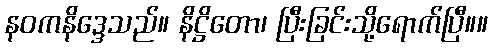
နဝကနိဒ္ဒေသည်။ နိဋ္ဌိတော၊ ပြီးခြင်းသို့ရောက်ပြီ။။